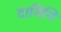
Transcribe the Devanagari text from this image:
दामिनि